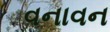
વનાવન